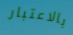
بالاعتبار